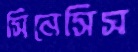
সিনেসিস